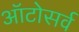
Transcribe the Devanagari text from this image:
ऑटोसर्व